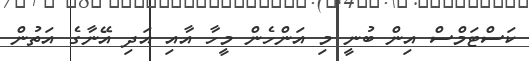
ކަސްޓަމްސް އިން ބުނީ މި އަންހެން މީހާ އާއި އަދި އޭނާގެ އަތުން